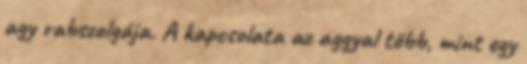
agy rabszolgája. A kapcsolata az aggyal több, mint egy